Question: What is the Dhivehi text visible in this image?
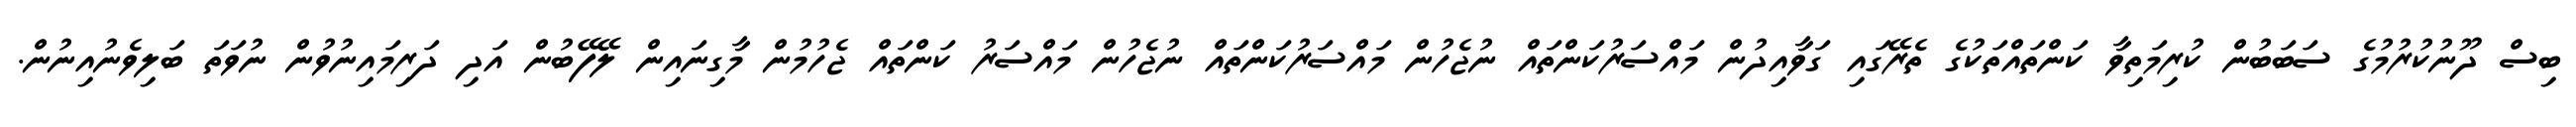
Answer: ބިސް ދޫނުކުރުމުގެ ސަބަބުން ކުރިމަތިވާ ކަންތައްތަކުގެ ތެރޭގައި ގަވާއިދުން މައްސަރުކަންތައް ނުޖެހުން މައްސަރުކަންތައް ނުޖެހުން މައްސަރު ކަންތައް ޖެހުމުން މާގިނައިން ލޭފޭބުން އަދި ދަރިމައިނުވުން ނުވަތަ ބަލިވެނުއިނުން.